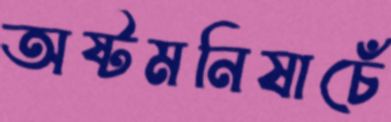
অষ্টমনিষাচেঁ